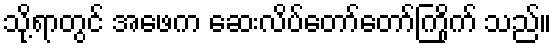
သို့ရာတွင် အဖေက ဆေးလိပ်တော်တော်ကြိုက် သည်။